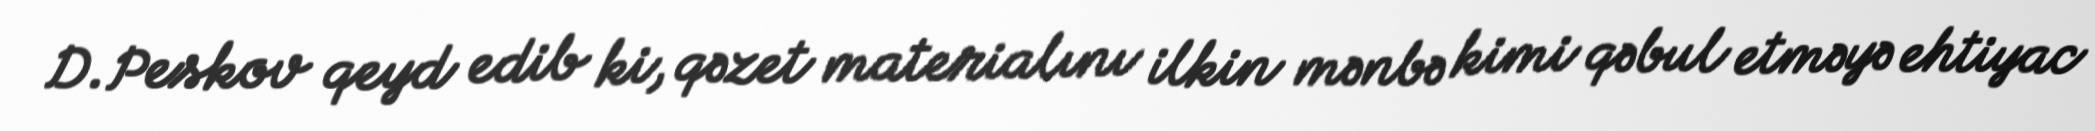
D.Peskov qeyd edib ki, qəzet materialını ilkin mənbə kimi qəbul etməyə ehtiyac